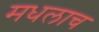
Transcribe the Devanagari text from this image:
मधलाच